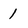
Character: 1